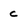
Character: c